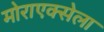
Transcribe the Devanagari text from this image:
मोराएक्सेला